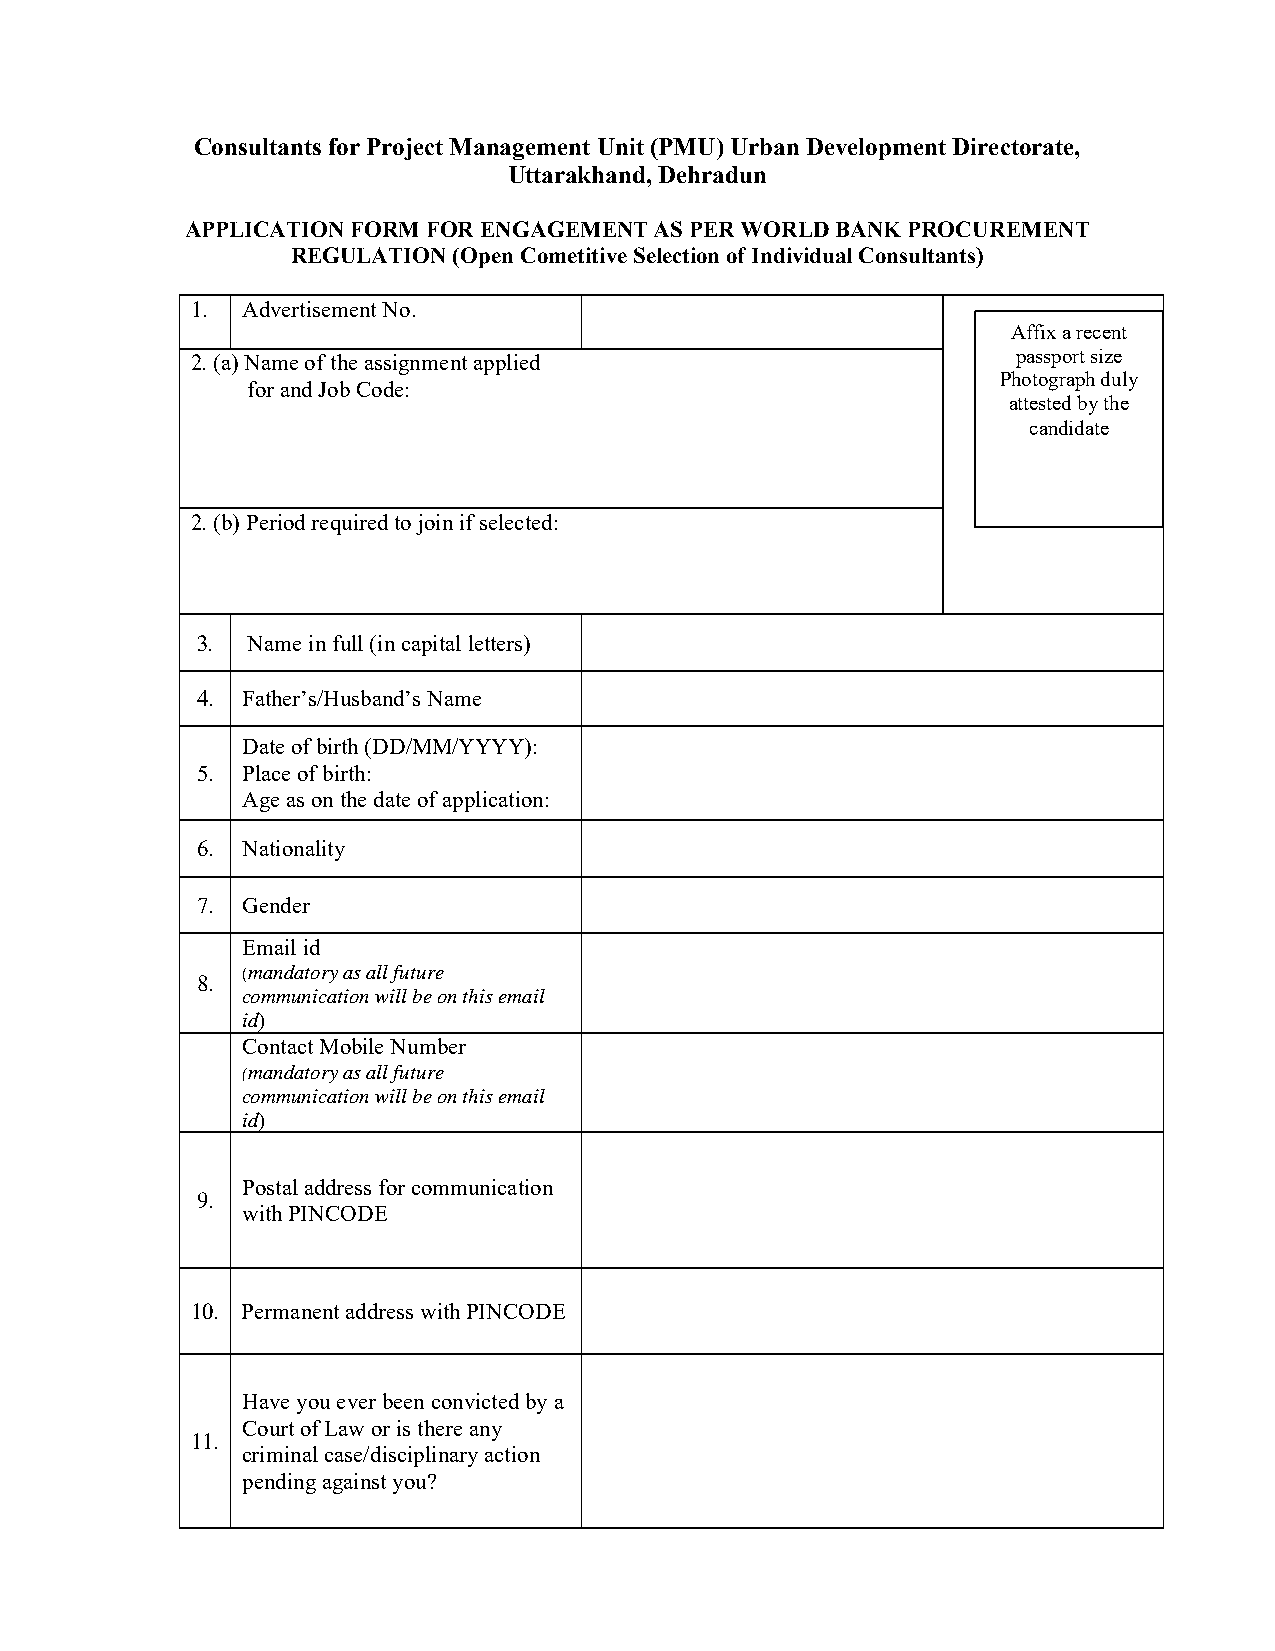
Consultants for Project Management Unit (PMU) Urban Development Directorate,
 Uttarakhand, Dehradun
 APPLICATION FORM FOR ENGAGEMENT AS PER WORLD BANK PROCUREMENT
 REGULATION (Open Cometitive Selection of Individual Consultants)
 1. Advertisement No.
 Affix a recent
 2. (a) Name of the assignment applied                 passp ort size
 Photograph duly
 for and Job Code:
 attested by the
 candidate
 2. (b) Period required to join if selected:
 3. Name in full (in capital letters)
 4. Father’s/Husband’s Name
 Date of birth (DD/MM/YYYY):
 5. Place of birth:
 Age as on the date of application:
 6. Nationality
 7. Gender
 Email id
 (mandatory as all future
 8.
 communication will be on this email
 id)
 Contact Mobile Number
 (mandatory as all future
 communication will be on this email
 id)
 Postal address for communication
 9.
 with PINCODE
 10. Permanent address with PINCODE
 Have you ever been convicted by a
 Court of Law or is there any
 11.
 criminal case/disciplinary action
 pending against you?